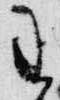
王